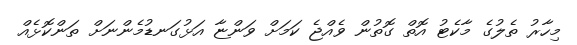
މިހާރު ތެލުގެ މާކެޓު އޮތް ގޮތުން ވެއްޖެ ކަމަށް ވަންޏާ އަޅުގަނޑުމެންނަށް ތަންކޮޅެއް